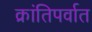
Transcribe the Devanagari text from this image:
क्रांतिपर्वात